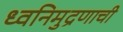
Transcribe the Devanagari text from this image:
ध्वनिमुद्रणाची